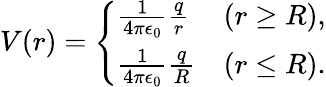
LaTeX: V(r)=\left\{ \begin{array}{ll}{\frac{1}{4\pi\epsilon_{0}}\frac{q}{r}}&{(r\geq R),}\\ {\frac{1}{4\pi\epsilon_{0}}\frac{q}{R}}&{(r\leq R).}\end{array}\right.